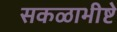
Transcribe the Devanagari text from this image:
सकळाभीष्टे